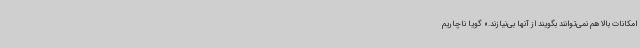
امکانات بالا هم نمی‌توانند بگویند از آنها بی‌نیازند.» گویا ناچاریم